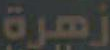
زهرة